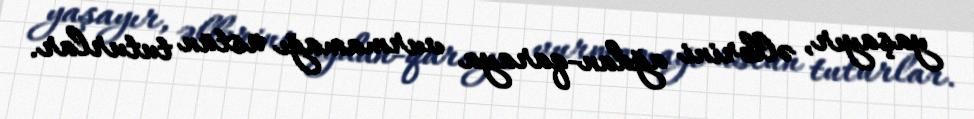
yaşayır, əllərini ağdan-qaraya vurmamağı üstün tuturlar.